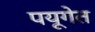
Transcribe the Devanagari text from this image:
पयूगेत